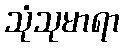
သုံသုမာရာ